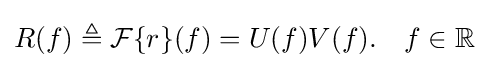
R(f)\triangleq {\mathcal {F}}\{r\}(f)=U(f)V(f).\quad f\in \mathbb {R}